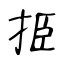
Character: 挋